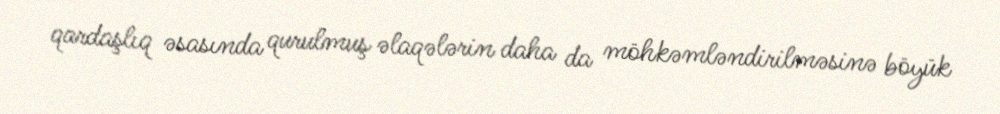
qardaşlıq əsasında qurulmuş əlaqələrin daha da möhkəmləndirilməsinə böyük